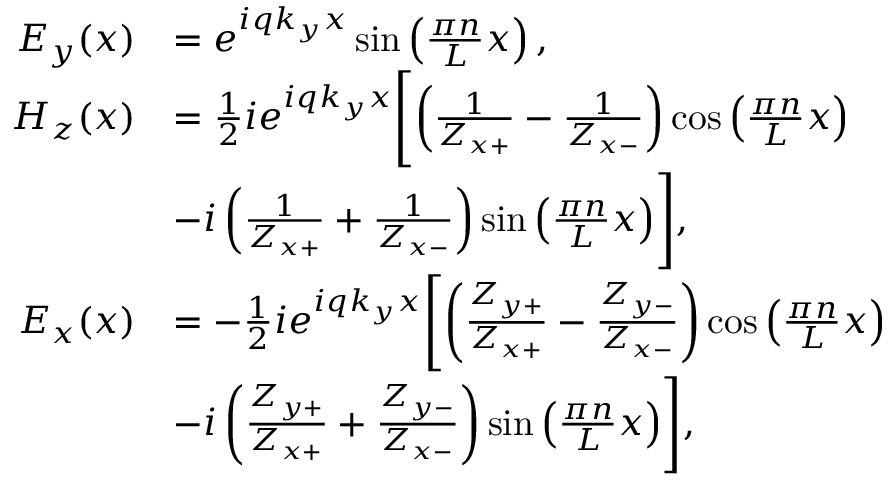
\begin{array} { r l } { E _ { y } ( x ) } & { = e ^ { i q k _ { y } x } \sin \left( \frac { \pi n } { L } x \right) , } \\ { H _ { z } ( x ) } & { = \frac { 1 } { 2 } i e ^ { i q k _ { y } x } \Biggl [ \left( \frac { 1 } { Z _ { x + } } - \frac { 1 } { Z _ { x - } } \right) \cos \left( \frac { \pi n } { L } x \right) } \\ & { - i \left( \frac { 1 } { Z _ { x + } } + \frac { 1 } { Z _ { x - } } \right) \sin \left( \frac { \pi n } { L } x \right) \Biggr ] , } \\ { E _ { x } ( x ) } & { = - \frac { 1 } { 2 } i e ^ { i q k _ { y } x } \Biggl [ \left( \frac { Z _ { y + } } { Z _ { x + } } - \frac { Z _ { y - } } { Z _ { x - } } \right) \cos \left( \frac { \pi n } { L } x \right) } \\ & { - i \left( \frac { Z _ { y + } } { Z _ { x + } } + \frac { Z _ { y - } } { Z _ { x - } } \right) \sin \left( \frac { \pi n } { L } x \right) \Biggr ] , } \end{array}